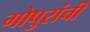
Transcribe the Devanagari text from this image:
गोपुरांची